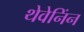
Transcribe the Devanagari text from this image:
थेवेनिंन